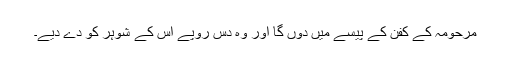
مرحومہ کے کفن کے پیسے میں دوں گا اور وہ دس روپے اس کے شوہر کو دے دیے۔